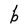
Character: b